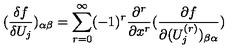
( \frac { \delta f } { \delta U _ { j } } ) _ { \alpha \beta } = \sum _ { r = 0 } ^ { \infty } ( - 1 ) ^ { r } \frac { \partial ^ { r } } { \partial x ^ { r } } ( \frac { \partial f } { \partial ( U _ { j } ^ { ( r ) } ) _ { \beta \alpha } } )